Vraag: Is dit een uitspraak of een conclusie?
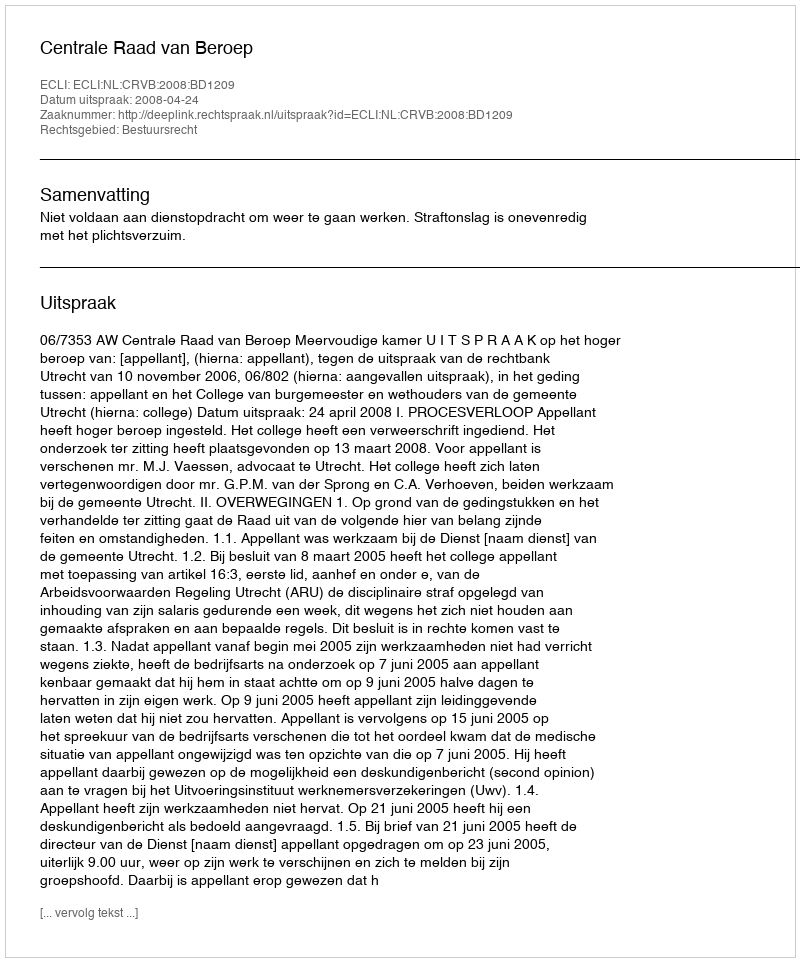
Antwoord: Uitspraak